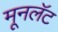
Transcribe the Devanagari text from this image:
मूनलॅट